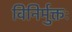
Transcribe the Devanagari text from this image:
विनिर्मुक्तः